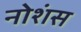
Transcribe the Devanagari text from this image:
नोशंस